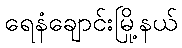
ရေနံချောင်းမြို့နယ်